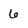
Character: 6